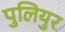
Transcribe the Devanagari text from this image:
पुलियुर